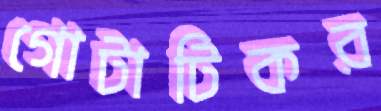
গোটাটিকর